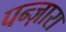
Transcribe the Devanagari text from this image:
पन्ज़ारा